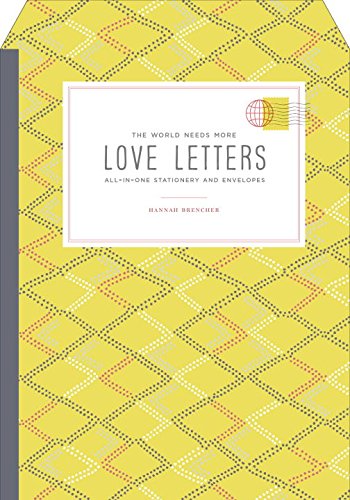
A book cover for The World Needs More Love Letters All-in-One Stationery and Envelopes; Hannah Brencher; Romance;